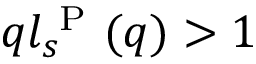
q l _ { s } ^ { \mathrm { ~ P ~ } } ( q ) > 1